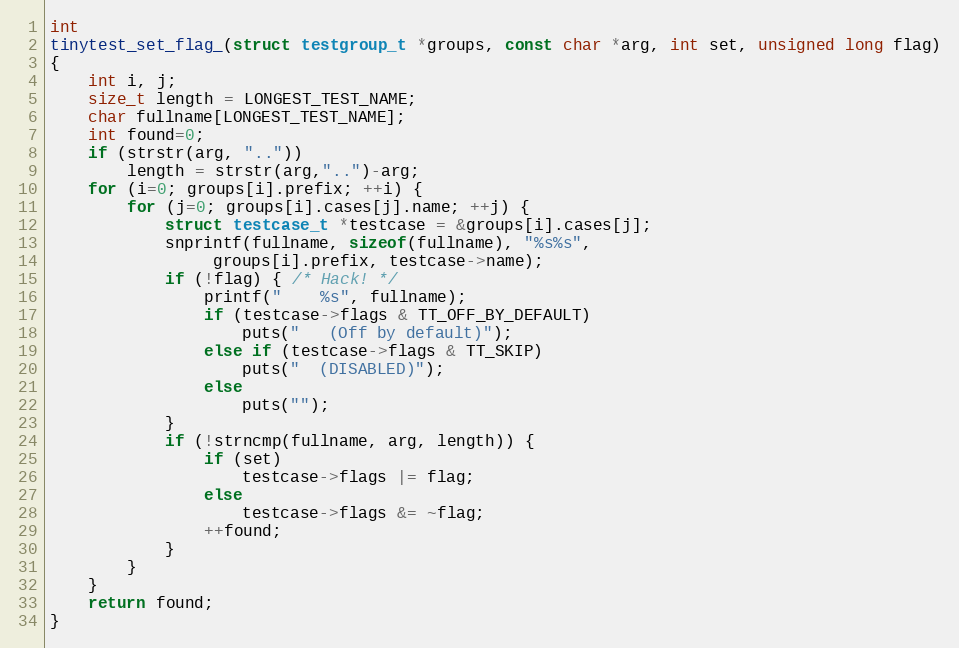
Language: C
int
tinytest_set_flag_(struct testgroup_t *groups, const char *arg, int set, unsigned long flag)
{
	int i, j;
	size_t length = LONGEST_TEST_NAME;
	char fullname[LONGEST_TEST_NAME];
	int found=0;
	if (strstr(arg, ".."))
		length = strstr(arg,"..")-arg;
	for (i=0; groups[i].prefix; ++i) {
		for (j=0; groups[i].cases[j].name; ++j) {
			struct testcase_t *testcase = &groups[i].cases[j];
			snprintf(fullname, sizeof(fullname), "%s%s",
				 groups[i].prefix, testcase->name);
			if (!flag) { /* Hack! */
				printf("    %s", fullname);
				if (testcase->flags & TT_OFF_BY_DEFAULT)
					puts("   (Off by default)");
				else if (testcase->flags & TT_SKIP)
					puts("  (DISABLED)");
				else
					puts("");
			}
			if (!strncmp(fullname, arg, length)) {
				if (set)
					testcase->flags |= flag;
				else
					testcase->flags &= ~flag;
				++found;
			}
		}
	}
	return found;
}